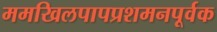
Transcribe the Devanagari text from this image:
ममखिलपापप्रशमनपूर्वक